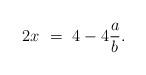
LaTeX: \begin{align*} 2x \ = \ 4-4\frac{a}{b}. \end{align*}